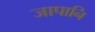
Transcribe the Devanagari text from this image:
जापानि